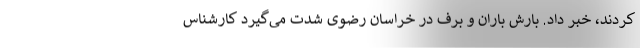
کردند، خبر داد. بارش باران و برف در خراسان رضوی شدت می‌گیرد کارشناس